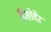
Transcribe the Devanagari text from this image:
दिसोर्देर